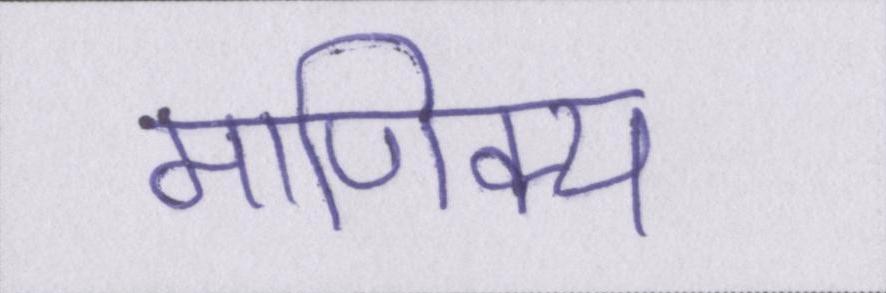
माणिक्य